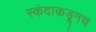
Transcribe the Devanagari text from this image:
स्कंदाकडूनच